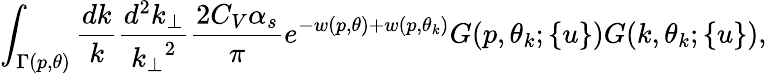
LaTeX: \int_{\Gamma(p,\theta)}{\frac{dk}{k}}{\frac{d^{2}k_{\perp}}{{{k}_{\perp}}^{2}}}{\frac{2C_{V}\alpha_{s}}{\pi}}e^{-w(p,\theta)+w(p,\theta_{k})}G(p,\theta_{k};\{ u\} )G(k,\theta_{k};\{ u\} ),